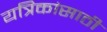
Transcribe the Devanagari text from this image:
यत्रिकांसाठी